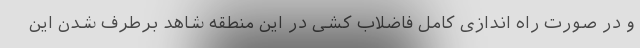
و در صورت راه اندازی کامل فاضلاب کشی در این منطقه شاهد برطرف شدن این